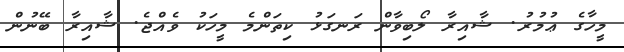
މީހާގެ ޢުމުރު. ޝާއިރާ ލޯބިވާން ރަނގަޅު ކިތަންމެ މީހަކު ވެއްޖެ. ޝާއިރާ ބޭނުން